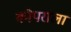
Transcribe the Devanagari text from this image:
कोपराला